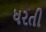
ધરતી